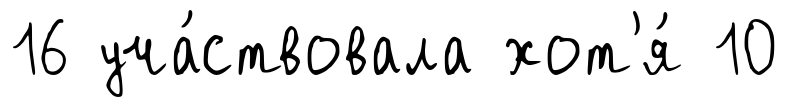
16 уча́ствовала хот'я́ 10